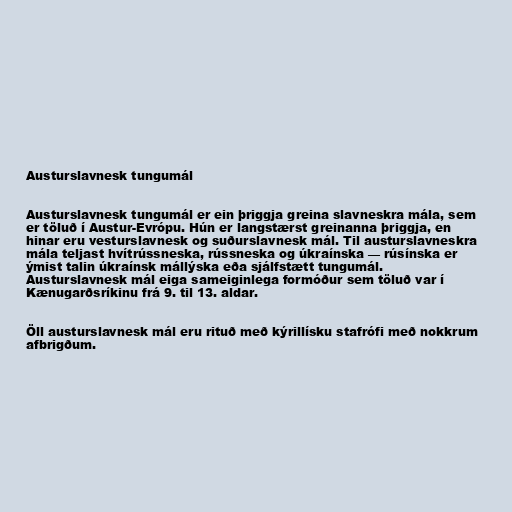
Austurslavnesk tungumál

Austurslavnesk tungumál er ein þriggja greina slavneskra mála, sem
er töluð í Austur-Evrópu. Hún er langstærst greinanna þriggja, en
hinar eru vesturslavnesk og suðurslavnesk mál. Til austurslavneskra
mála teljast hvítrússneska, rússneska og úkraínska — rúsínska er
ýmist talin úkraínsk mállýska eða sjálfstætt tungumál.
Austurslavnesk mál eiga sameiginlega formóður sem töluð var í
Kænugarðsríkinu frá 9. til 13. aldar.

Öll austurslavnesk mál eru rituð með kýrillísku stafrófi með nokkrum
afbrigðum.